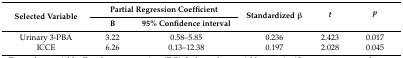
| <ROWSPAN=2> Selected Variable | <COLSPAN=2> Partial Regression Coefficient | <ROWSPAN=2> Standardized β | <ROWSPAN=2> t | <ROWSPAN=2> p |
 | B | 95% Confidence interval |
 | --- | --- | --- | --- | --- | --- |
 | Urinary 3-PBA | 3.22 | 0.58–5.85 | 0.236 | 2.423 | 0.017 |
 | ICCE | 6.26 | 0.13–12.38 | 0.197 | 2.028 | 0.045 |